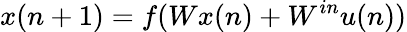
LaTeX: x(n+1)=f(Wx(n)+W^{in}u(n))